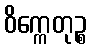
ဝိက္ကေတုဉ္စ